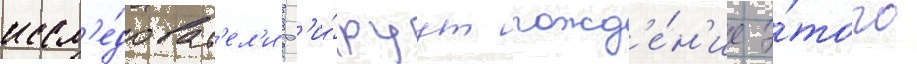
иссл'е́доват'ел'и дат'и́руут рожд'е́н'ие э́того